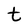
Character: t